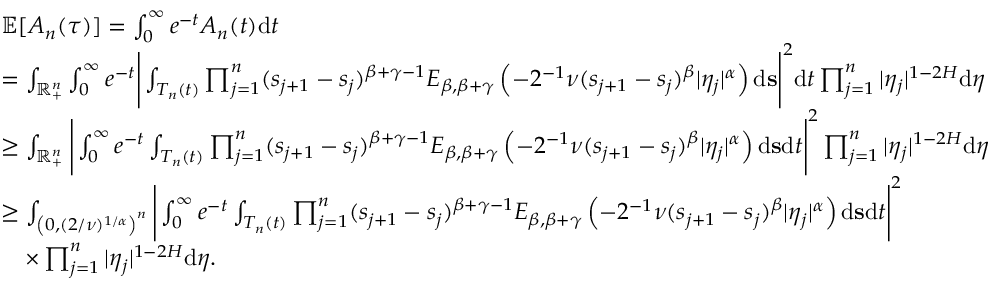
\begin{array} { r l } & { \mathbb E [ A _ { n } ( \tau ) ] = \int _ { 0 } ^ { \infty } e ^ { - t } A _ { n } ( t ) \ensuremath { \mathrm { d } } t } \\ & { = \int _ { \mathbb { R } _ { + } ^ { n } } \int _ { 0 } ^ { \infty } e ^ { - t } \Bigg | \int _ { T _ { n } ( t ) } \prod _ { j = 1 } ^ { n } ( s _ { j + 1 } - s _ { j } ) ^ { \beta + \gamma - 1 } E _ { \beta , \beta + \gamma } \left( - 2 ^ { - 1 } \nu ( s _ { j + 1 } - s _ { j } ) ^ { \beta } | \eta _ { j } | ^ { \alpha } \right) \ensuremath { \mathrm { d } } \mathbf { s } \Bigg | ^ { 2 } \ensuremath { \mathrm { d } } t \prod _ { j = 1 } ^ { n } | \eta _ { j } | ^ { 1 - 2 H } \ensuremath { \mathrm { d } } \boldsymbol \eta } \\ & { \ge \int _ { \mathbb { R } _ { + } ^ { n } } \Bigg | \int _ { 0 } ^ { \infty } e ^ { - t } \int _ { T _ { n } ( t ) } \prod _ { j = 1 } ^ { n } ( s _ { j + 1 } - s _ { j } ) ^ { \beta + \gamma - 1 } E _ { \beta , \beta + \gamma } \left( - 2 ^ { - 1 } \nu ( s _ { j + 1 } - s _ { j } ) ^ { \beta } | \eta _ { j } | ^ { \alpha } \right) \ensuremath { \mathrm { d } } \mathbf { s } \ensuremath { \mathrm { d } } t \Bigg | ^ { 2 } \prod _ { j = 1 } ^ { n } | \eta _ { j } | ^ { 1 - 2 H } \ensuremath { \mathrm { d } } \boldsymbol \eta } \\ & { \ge \int _ { \left( 0 , ( 2 / \nu ) ^ { 1 / \alpha } \right) ^ { n } } \Bigg | \int _ { 0 } ^ { \infty } e ^ { - t } \int _ { T _ { n } ( t ) } \prod _ { j = 1 } ^ { n } ( s _ { j + 1 } - s _ { j } ) ^ { \beta + \gamma - 1 } E _ { \beta , \beta + \gamma } \left( - 2 ^ { - 1 } \nu ( s _ { j + 1 } - s _ { j } ) ^ { \beta } | \eta _ { j } | ^ { \alpha } \right) \ensuremath { \mathrm { d } } \mathbf { s } \ensuremath { \mathrm { d } } t \Bigg | ^ { 2 } } \\ & { \quad \times \prod _ { j = 1 } ^ { n } | \eta _ { j } | ^ { 1 - 2 H } \ensuremath { \mathrm { d } } \boldsymbol \eta . } \end{array}